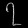
Digit: ၇